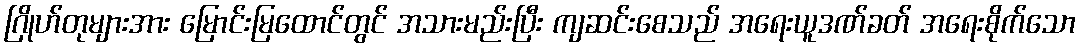
ဂြိုဟ်တုများအား မြောင်းမြထောင်တွင် အသားမည်းပြီး ကျဆင်းစေသည် အရေးယူဒဏ်ခတ် အရေးစိုက်သော